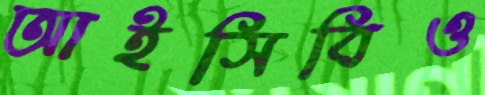
আইসিবিও